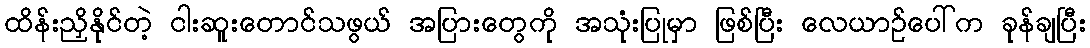
ထိန်းညှိနိုင်တဲ့ ငါးဆူးတောင်သဖွယ် အပြားတွေကို အသုံးပြုမှာ ဖြစ်ပြီး လေယာဉ်ပေါ်က ခုန်ချပြီး